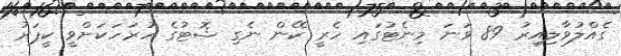
ގެއްލުވާލިއިރު 89 ވަނަ މިނެޓުގައި ހެރީ ކޭން ނެގި ޝޮޓުގެ ހުރަހަކަށްވީ ކީޕަރު